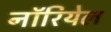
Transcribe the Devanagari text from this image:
नॉरियेल